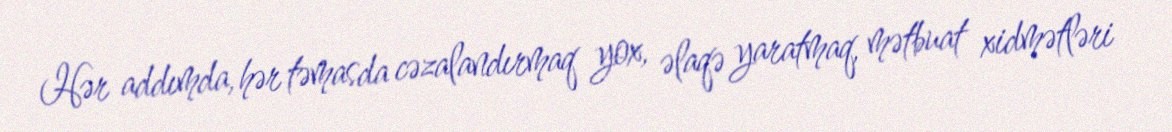
Hər addımda, hər təmasda cəzalandırmaq yox, əlaqə yaratmaq, mətbuat xidmətləri